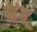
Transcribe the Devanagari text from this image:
झुंजू